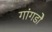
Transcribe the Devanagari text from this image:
गांगडोे